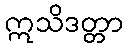
ဣသိဒတ္တာ